Reports on dispensaries and lunatic asylums in the Province of Oudh - 1869-1876
Year: 1869
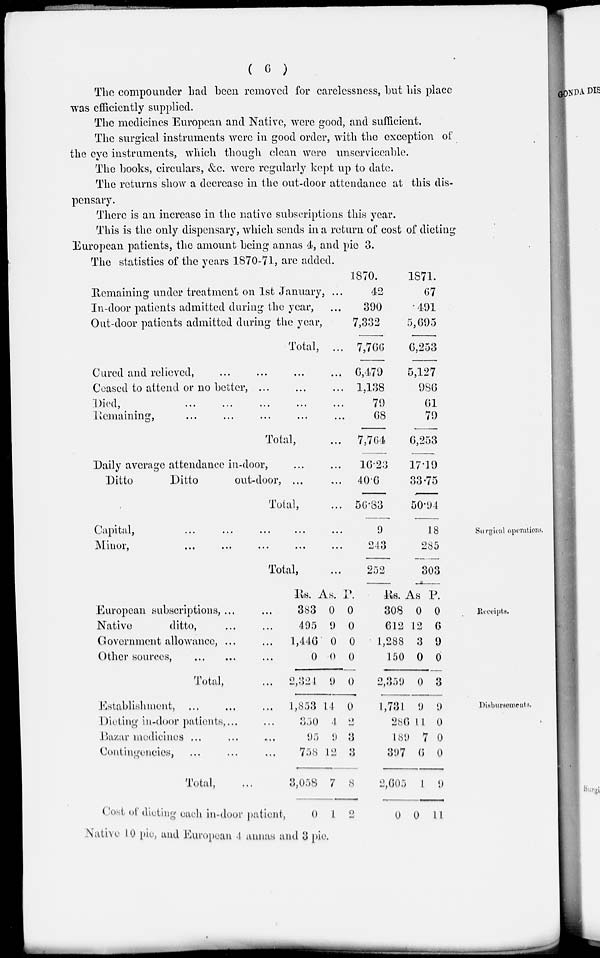
( 6 )
The compounder had been removed for carelessness, but his place
was efficiently supplied.
The medicines European and Native, were good, and sufficient.
The surgical instruments were in good order, with the exception of
the eye instruments, which though clean were unserviceable.
The books, circulars, &c. were regularly kept up to date.
The returns show a decrease in the out-door attendance at this dis-
pensary.
There is an increase in the native subscriptions this year.
This is the only dispensary, which sends in a return of cost of dieting
European patients, the amount being annas 4, and pie 3.
The statistics of the years 1870-71, are added.
Remaining under treatment on 1st January, ...
In-door patients admitted during the year, ...
Out-door patients admitted during the year,
Total, ...
Cured and relieved, ... ... ... ...
Ceased to attend or no better, ... ... ...
Died,
...
...
...
...
...
Remaining, ... ... ... ... ...
Total, ...
Daily average attendance in-door, ... ...
Ditto
Ditto
out-door, ... ...
Total, ...
1870.
42
390
7,332
7,766
6,479
1,138
79
68
7,764
16.23
40.6
56.83
1871.
67
491
5,695
6,253
5,127
986
61
79
6,253
17.19
33.75
50.94
Surgical operations.
Capital,
...
...
...
...
...
Minor,
...
...
...
...
...
Total, ...
9
243
252
18
285
303
Receipts.
European subscriptions, ... ...
Native
ditto, ... ...
Government allowance, ... ...
Other sources, ... ... ...
Total, ...
Rs.
383
495
1,446
0
2,324
As.
0
9
0
0
9
P.
0
0
0
0
0
Rs.
308
612
1,288
150
2,359
As
0
12
3
0
0
P.
0
6
9
0
3
Disbursements.
Establishment, ... ... ...
Dieting in-door patients, ... ...
Bazar medicines ... ... ...
Contingencies, ... ... ...
Total, ...
Cost of dieting each in-door patient,
1,853
350
95
758
3,058
0
14
4
9
12
7
1
0
2
3
3
8
2
1,731
286
189
397
2,605
0
9
11
7
6
1
0
9
0
0
0
9
11
Native 10 pie, and European 4 annas and 3 pie.